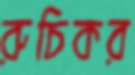
রুচিকর